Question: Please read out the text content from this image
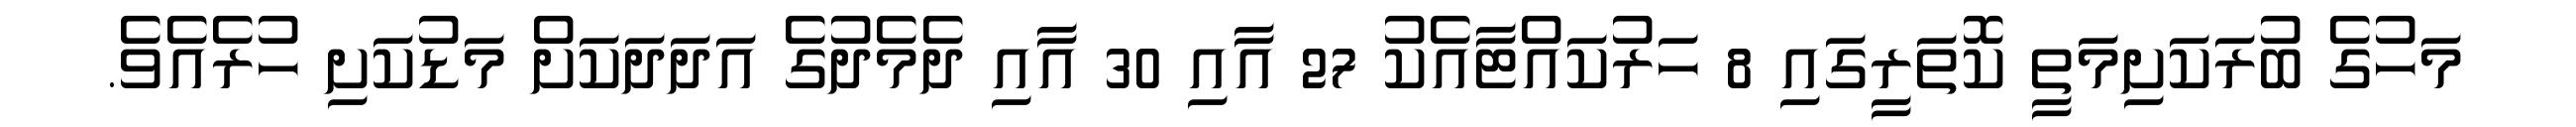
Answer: މަހުގެ ބުރަކަށިމަތީ ކޮތަރީގައި 8 ހަރުކައްޓާއެކު 27 އާއި 30 އާއި ދެމެދުގެ އަދަދަކަށް މަޑުކަށި ހުރެއެވެ.